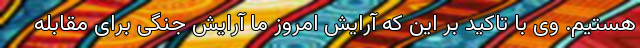
هستیم. وی با تاکید بر این که آرایش امروز ما آرایش جنگی برای مقابله